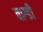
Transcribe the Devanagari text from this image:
वाग्डी